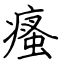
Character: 瘙